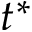
t ^ { * }